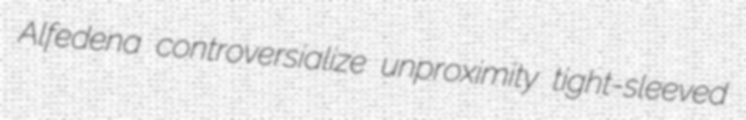
Alfedena controversialize unproximity tight-sleeved